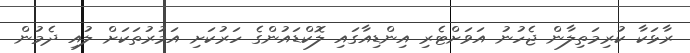
ރާޅަކާ ކުރިމަތިލާން ޖެހުނު އަވަށްޓެރި އިންޑިއާގައި ލޮކްޑައުންގެ ހަރުކަށި އަމުރުތަކަށް ލުއި ދެމުން